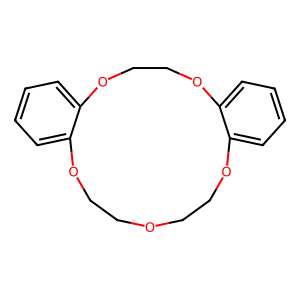
SMILES: c1ccc2c(c1)OCCOCCOc1ccccc1OCCO2
Inhibits HIV replication: No